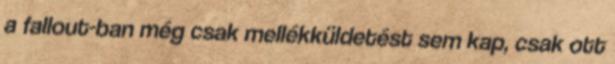
a fallout-ban még csak mellékküldetést sem kap, csak ott